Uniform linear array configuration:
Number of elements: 4
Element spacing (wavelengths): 0.25
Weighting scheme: hamming
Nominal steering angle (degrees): -45
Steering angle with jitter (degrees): -45.276
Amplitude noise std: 0.05
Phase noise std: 0.05

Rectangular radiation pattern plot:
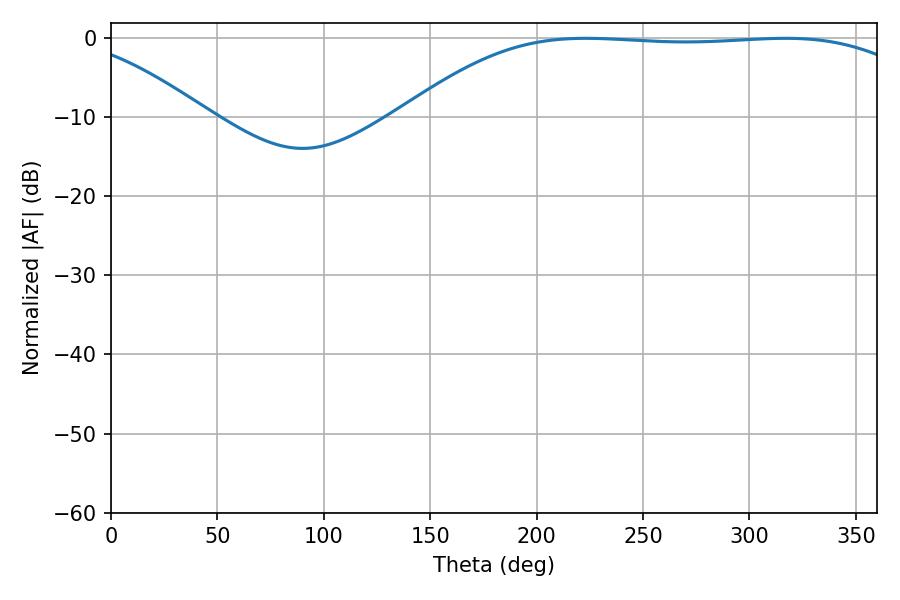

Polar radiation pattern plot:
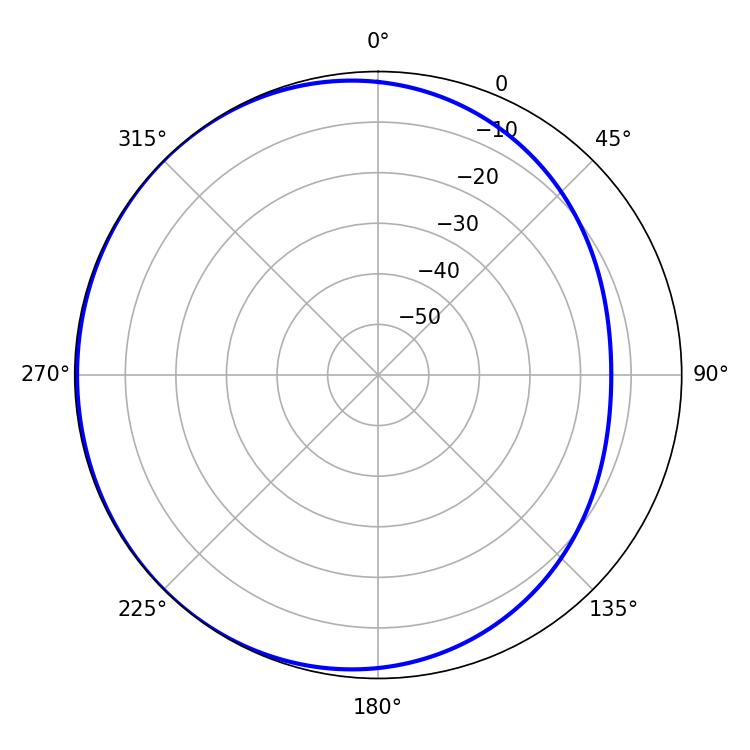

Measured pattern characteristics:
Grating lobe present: FALSE
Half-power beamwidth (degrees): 187.92
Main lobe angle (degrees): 223.02